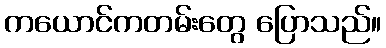
ကယောင်ကတမ်းတွေ ပြောသည်။